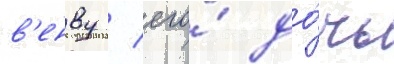
в'енву / его́ до́чь